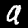
Label: 9